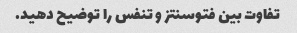
تفاوت بین فتوسنتز و تنفس را توضیح دهید.